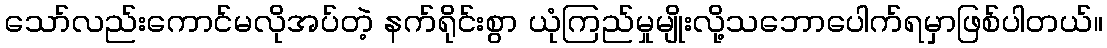
သော်လည်းကောင်မလိုအပ်တဲ့ နက်ရိုင်းစွာ ယုံကြည်မှုမျိုးလို့သဘောပေါက်ရမှာဖြစ်ပါတယ်။